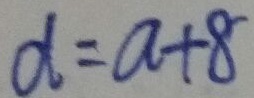
d = a + 8